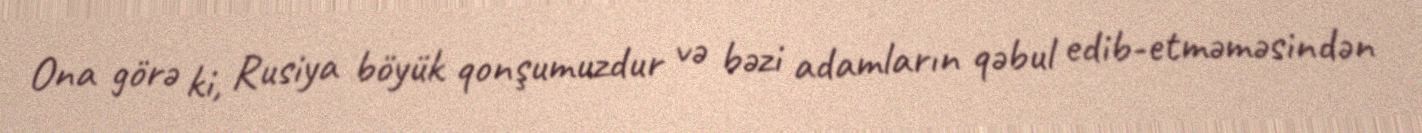
Ona görə ki, Rusiya böyük qonşumuzdur və bəzi adamların qəbul edib-etməməsindən